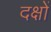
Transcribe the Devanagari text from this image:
दक्षों